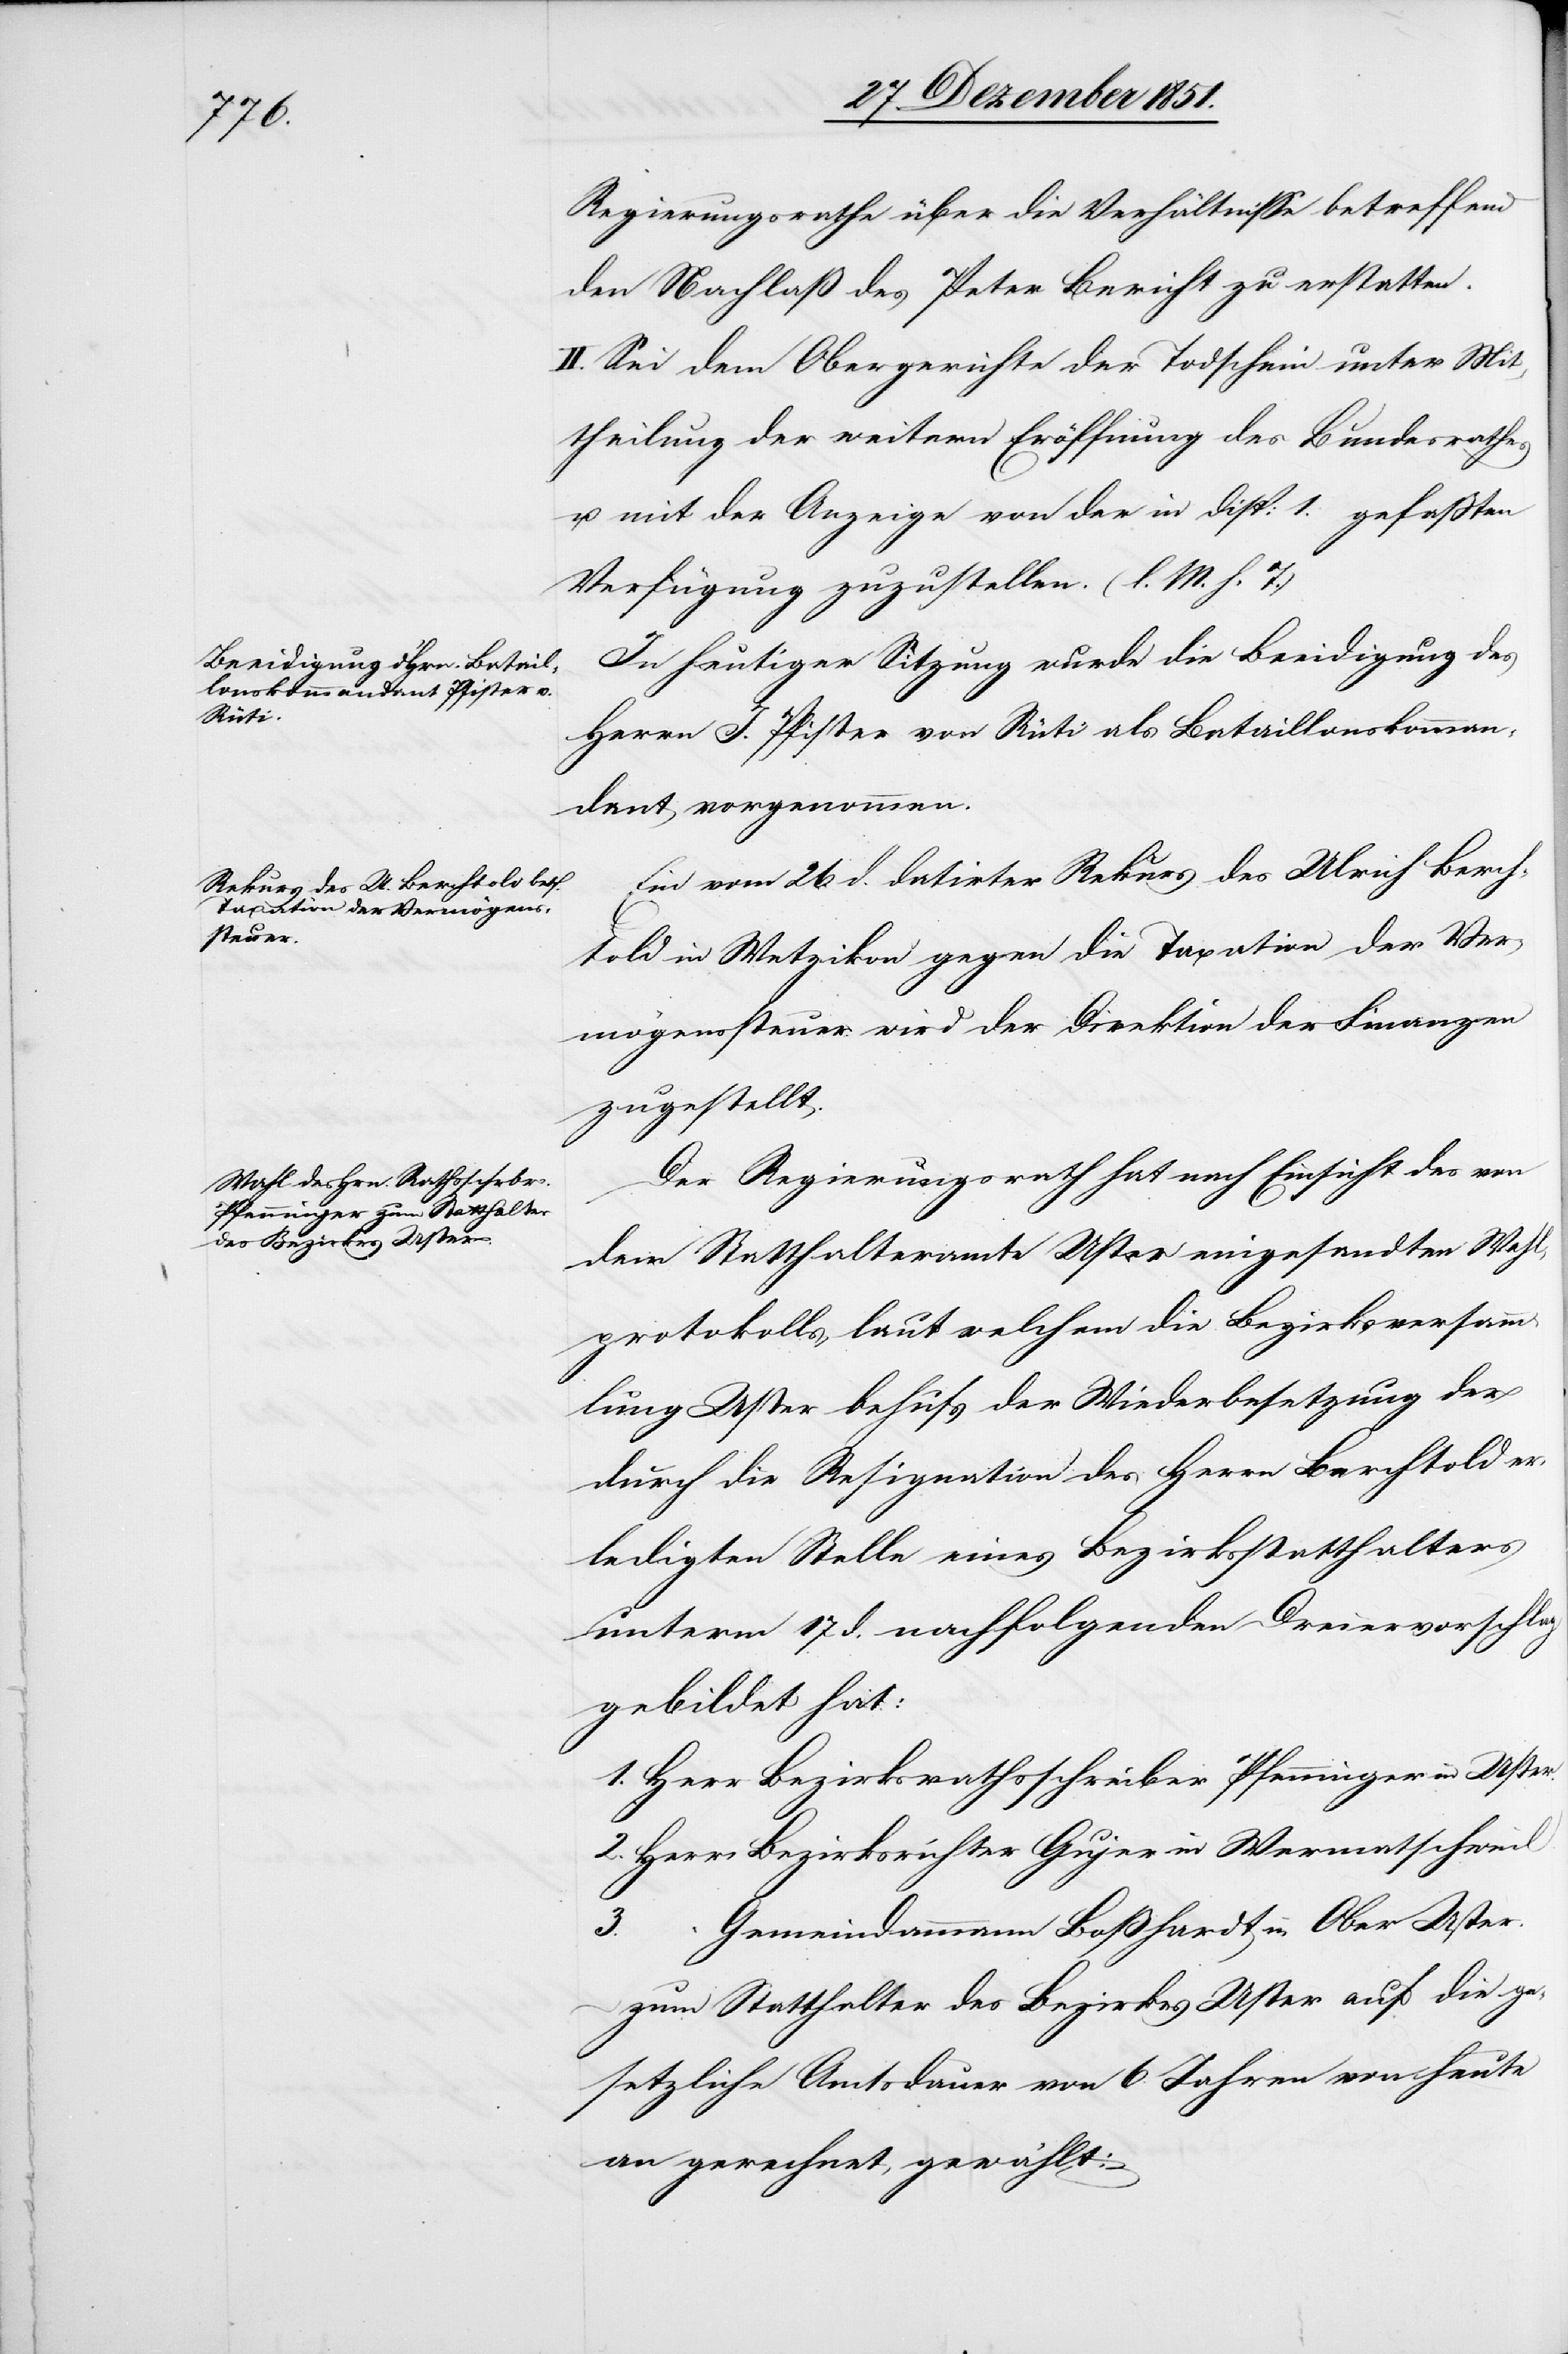
Regierungsrathe über die Verhältnisse betreffend
den Nachlaß des Peter Bericht zu erstatten.
II. Sei dem Obergerichte der Todschein unter Mit¬
theilung der weitern Eröffnung des Bundesrathes
u. mit der Anzeige von der in Disp: 1. gefaßten
Verfügung zuzustellen. (l. M. h. T.)
In heutiger Sitzung wurde die Beeidigung des
Herrn J. Pfister von Rüti als Bataillonskomman¬
dant vorgenommen.
Ein vom 26 d. datirter Rekurs des Ulrich Berch¬
told in Wetzikon gegen die Taxation der Ver¬
mögenssteuer wird der Direktion der Finanzen
zugestellt.
Der Regierungsrath hat nach Einsicht des von
dem Statthalteramte Uster eingesandten Wahl¬
protokolls, laut welchem die Bezirksversamm¬
lung Uster behufs der Wiederbesetzung der
durch die Resignation des Herrn Berchtold er¬
ledigten Stelle eines Bezirksstatthalters
unterm 17 d. nachfolgenden Dreiervorschlag
gebildet hat:
1. Herr Bezirksrathsschreiber Pfenninger in Uster.
2. Herr Bezirksrichter Gujer in Wermatschweil
3. “ Gemeindammann Boßhardt in Ober[-]Uster.
zum Statthalter des Bezirkes Uster auf die ge¬
setzliche Amtsdauer von 6. Jahren von heute
an gerechnet, gewählt: